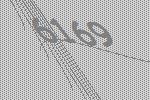
6169